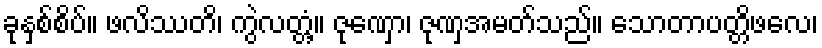
ခုနှစ်စိပ်။ ဖလိဿတိ၊ ကွဲလတ္တံ့။ ဇုဏှော၊ ဇုဏှအမတ်သည်။ သောတာပတ္တိဖလေ၊